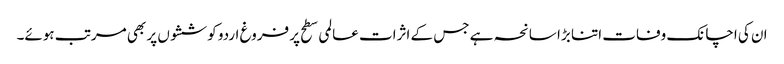
ان کی اچانک وفات اتنا بڑا سانحہ ہے جس کے اثرات عالمی سطح پر فروغ اردو کوششوں پر بھی مرتب ہوئے۔